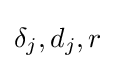
\delta _{j},d_{j},r